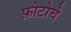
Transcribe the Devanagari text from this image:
फ़ोटोचे